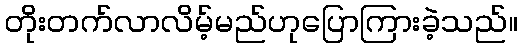
တိုးတက်လာလိမ့်မည်ဟုပြောကြားခဲ့သည်။